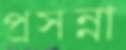
প্রসন্না